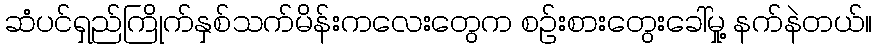
ဆံပင်ရှည်ကြိုက်နှစ်သက်မိန်းကလေးတွေက စဉ်းစားတွေးခေါ်မှု့ နက်နဲတယ်။